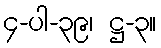
၄-ပါ-၃၉၊ ဋ္ဌ-၃။